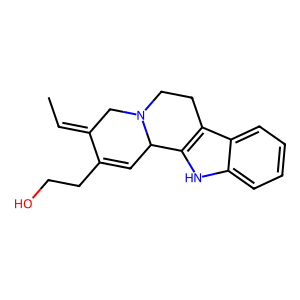
SMILES: CC=C1CN2CCc3c([nH]c4ccccc34)C2C=C1CCO
Inhibits HIV replication: No